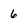
Character: 6